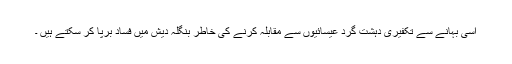
اسی بہانے سے تکفیری دہشت گرد عیسائیوں سے مقابلہ کرنے کی خاطر بنگلہ دیش میں فساد برپا کر سکتے ہیں ۔